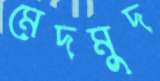
মেদমুদ